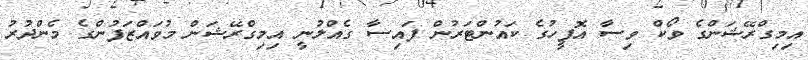
އިމިގްރޭޝަންގެ ވޯކް ވިސާ އޮފީހުގެ ކައުންޓަރުން ފައިސާ ގެއްލުނީ އިމިގްރޭޝަން މުވައްޒަފުންގެ މެންދުރު